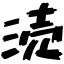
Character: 涜